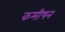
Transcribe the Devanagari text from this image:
कमीषन